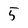
Character: 5